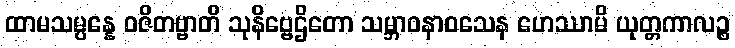
ထာမသမ္ပန္နေ ဝဇိတဗ္ဗာတိ သုနိဗ္ဗေဌိတော သမ္ဘာဝနာဝသေန ဟေဿာမိ ယုတ္တကာလဉ္စ